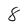
Character: 8